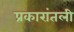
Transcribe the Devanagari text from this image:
प्रकारांतली